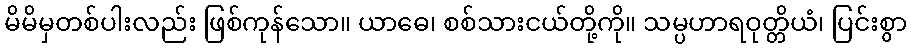
မိမိမှတစ်ပါးလည်း ဖြစ်ကုန်သော။ ယာဓေ၊ စစ်သားငယ်တို့ကို။ သမ္ပဟာရဝုတ္တိယံ၊ ပြင်းစွာ